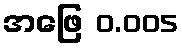
အဖြေ 0.005